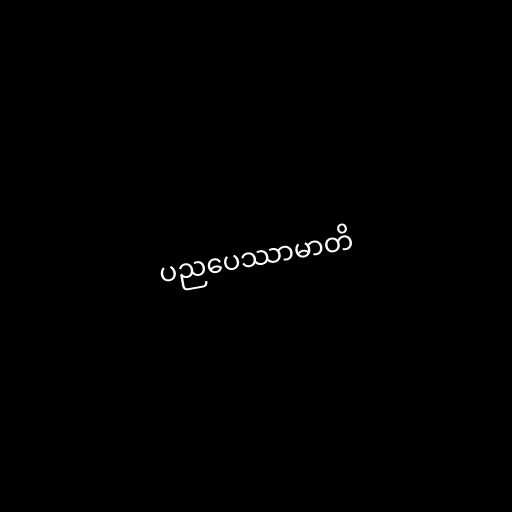
ပညပေဿာမာတိ